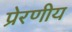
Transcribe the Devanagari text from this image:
प्रेरणीय